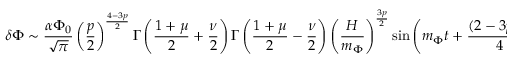
\delta \Phi \sim \frac { \alpha \Phi _ { 0 } } { \sqrt { \pi } } \left( \frac { p } { 2 } \right) ^ { \frac { 4 - 3 p } { 2 } } \Gamma \left( \frac { 1 + \mu } { 2 } + \frac { \nu } { 2 } \right) \Gamma \left( \frac { 1 + \mu } { 2 } - \frac { \nu } { 2 } \right) \left( \frac { H } { m _ { \Phi } } \right) ^ { \frac { 3 p } { 2 } } \sin \left( m _ { \Phi } t + \frac { ( 2 - 3 p ) \pi } { 4 } \right)